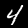
Label: 4